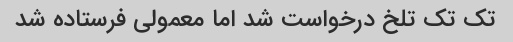
تک تک تلخ درخواست شد اما معمولی فرستاده شد